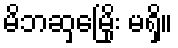
မိဘဆှမြေိုး မရှိ။